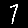
Digit: 7